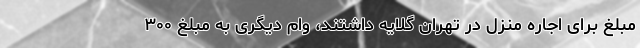
مبلغ برای اجاره منزل در تهران گلایه داشتند، وام دیگری به مبلغ ۳۰۰